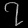
Digit: ၇